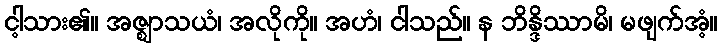
ငါ့သား၏။ အဇ္ဈာသယံ၊ အလိုကို။ အဟံ၊ ငါသည်။ န ဘိန္ဒိဿာမိ၊ မဖျက်အံ့။